Senior Leaving Certificate Examination (including Day School Certificate (Higher) General paper), 1949
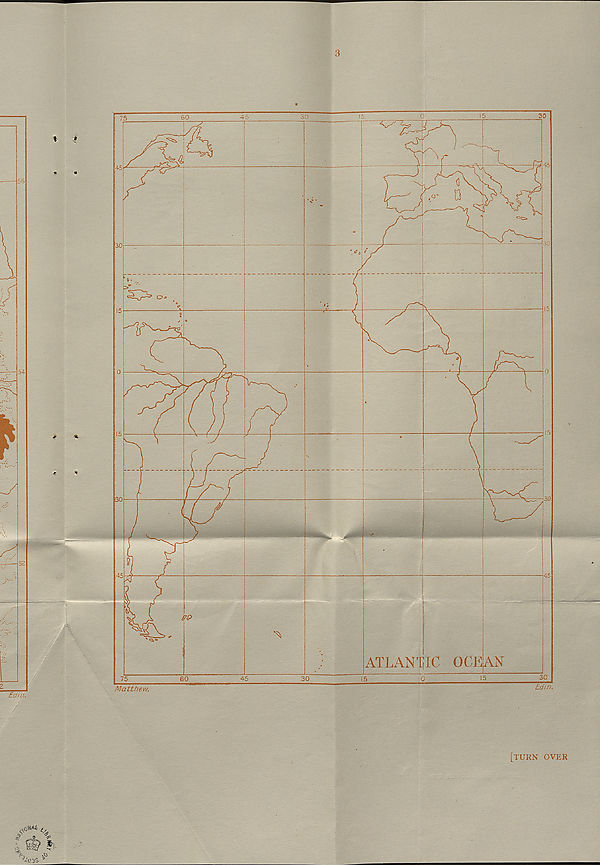
3
Matthevj,
Edin.
Oo
ATLANTIC
OCE
[turn over